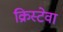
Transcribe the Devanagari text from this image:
क्रिस्टेवा